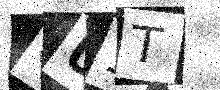
Text: QU1T